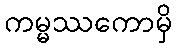
ကမ္မဿကောမှိ